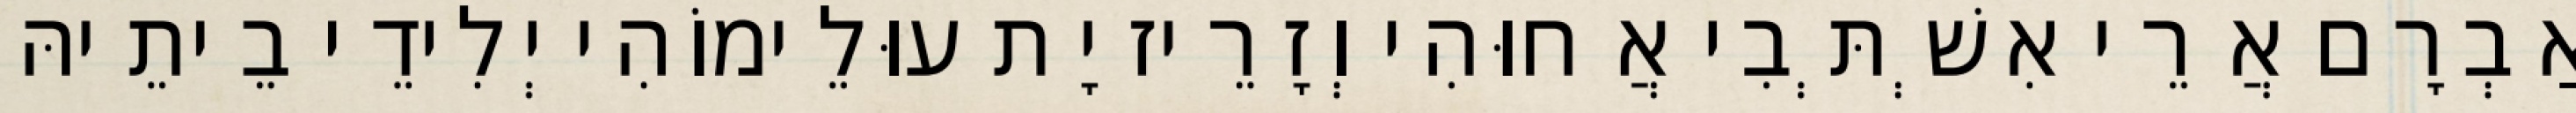
אַבְרָם אֲרֵי אִשְׁתְּבִי אֲחוּהִי וְזָרֵיז יָת עוּלֵימוֹהִי יְלִידֵי בֵיתֵיהּ